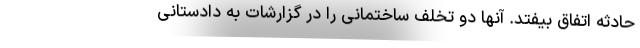
حادثه اتفاق بیفتد. آنها دو تخلف ساختمانی را در گزارشات به دادستانی